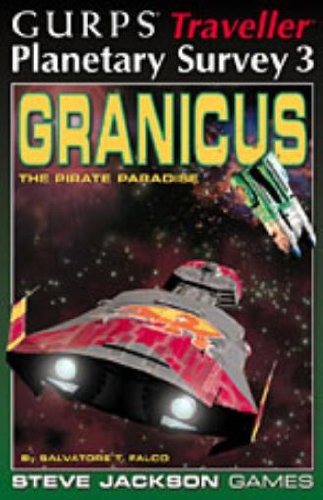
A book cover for GURPS Traveller: Planetary Survey 3: Granicus, The Pirate Paradise; Salvatore Falco; Science Fiction & Fantasy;